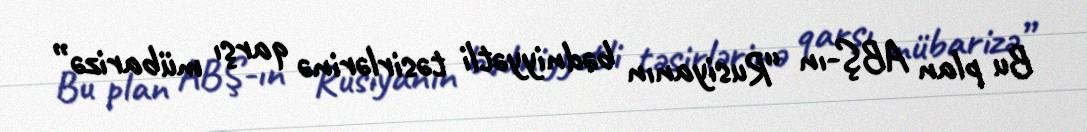
Bu plan ABŞ-ın “Rusiyanın bədniyyətli təsirlərinə qarşı mübarizə”